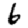
Digit: 6